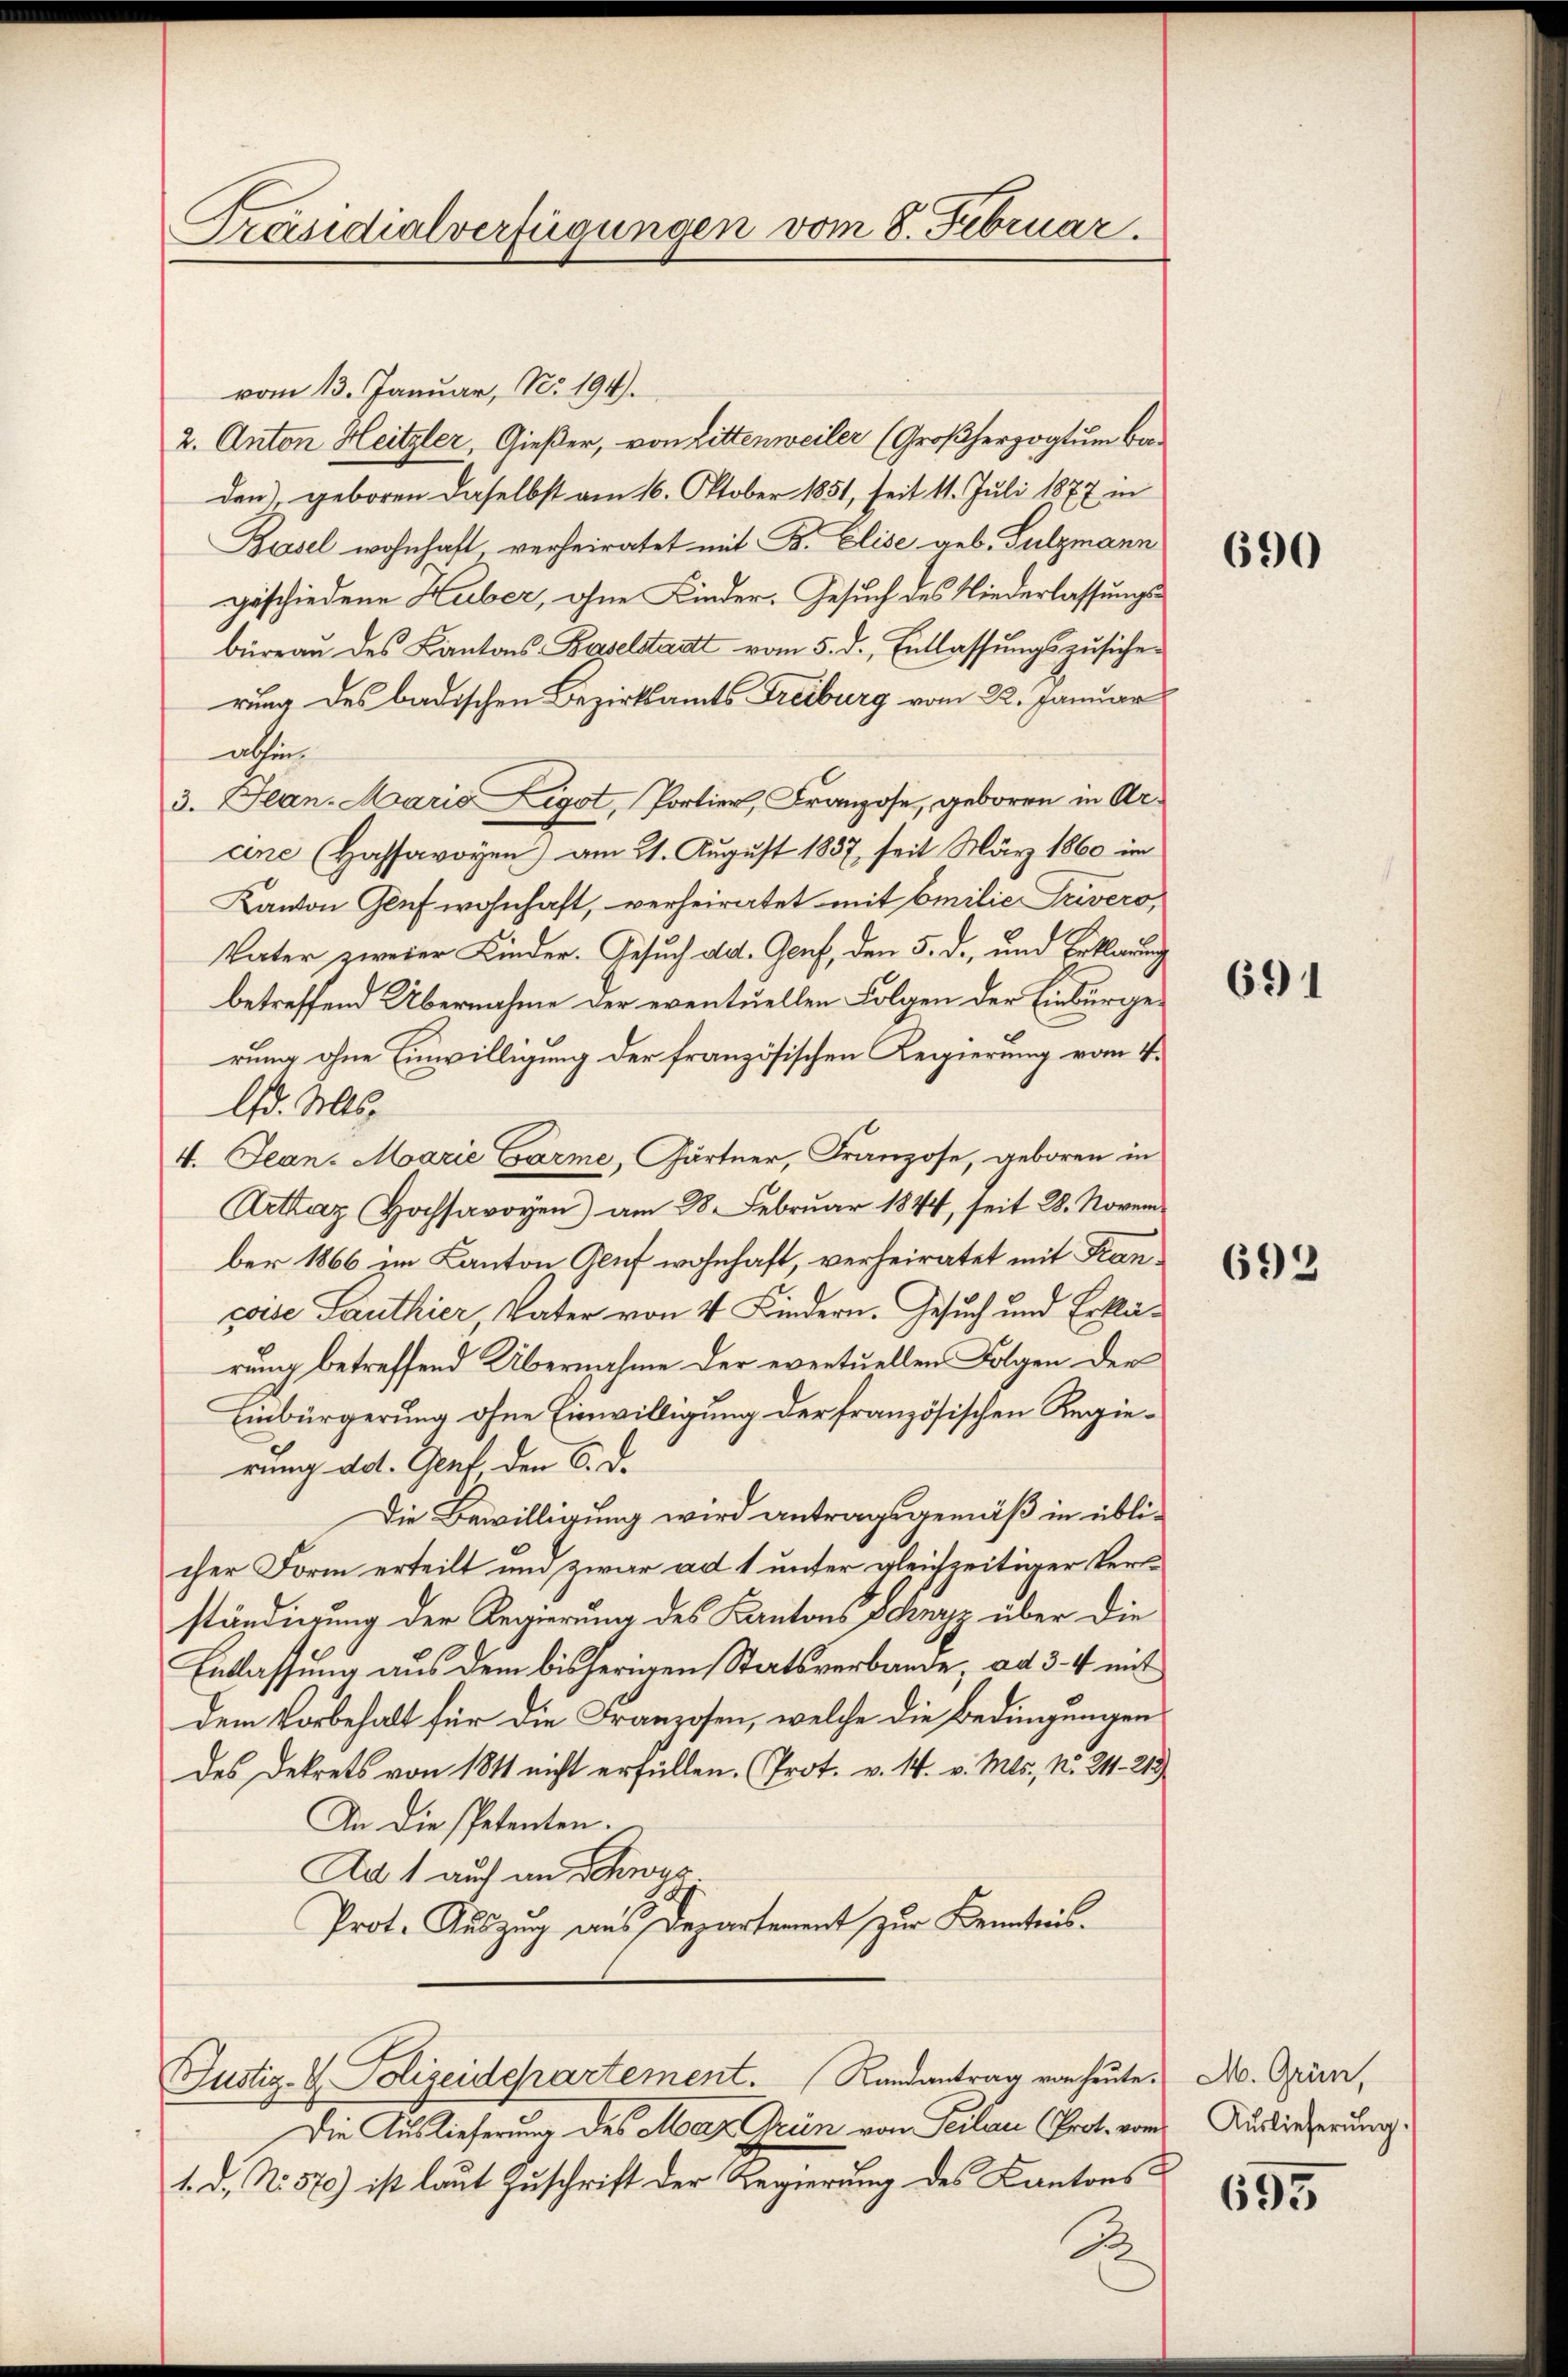
Präsidialverfügungen vom 8. Februar.

vom 13. Januar, No. 194.
2. Anton Heitzler, Gießer, von Littenweiler (Großherzogtum beden), geboren daselbst am 16. Oktober 1851, seit 11. Juli 1877 in
Basel wohnhaft verheiratet mit B. Elise geb. Sulzmann
geschiedene Huber, ohne Kinder. Gesuch des Niederlassungsbüreau des Kantons Baselstadt vom 5. d. Entlassungszusicherung des badischen Bezirksamts Treiburg vom 22. Januar
abin
3. Jean. Maria Ligot, Portier, Franzose, geboren in Arane (Hassavoyen) am 21. August 1837, seit März 1860 im
Kanton Genf wohnhaft, verheiratet mit Emilie Trivero,
Vater zweier Kinder. Gesuch ad. Genf, den 5. d., und Erklärung
betreffend Übernahme der eventuellen Folgen der Einburgerung ohne Einwilligung der französischen Regierung vom 4.
lfd. Mts.
4. Jean. Marie Garme, Gärtner, Franzose, geboren in
Arttaz Hochsavoyen) am 28. Februar 1844, seit 28. November 1866 im Kanton Aeuf wohnhaft, verheiratet mit Kancoise authier Vater von 4 Kindern. Gesuch und Erklärung betreffend Übernahme der eventuellen Folgen der
Einbürgerung ohne Einwilligung der französischen Regierung da. Genf den 6. d.
Die Bewilligung wird antragsgemäß in üblicher Form erteilt und zwar ad 1 unter gleichzeitiger Verständigung der Regierung des Kantons Schwyz über die
Entlassung aus dem bisherigen Staatsverbande, ad 3-4 mit
dem Vorbehalt für die Franzosen, welche die Bedingungen
des Dekrets von 1811 nicht erfüllen. Prot. v. 14. v. Mts., N. 211. 213
An die Petenten.
Ad 1 auf an Schwes
Prot. Auszug aus Departement zur Kenntnis.
Justiz- & Polizeidepartement. Randantrag von heute. No. Grien,
Die Auslieferung des Marz Grein von Peilau Prot. vom Auslieferung
1. d. N. 579) ist laut Zuschrift der Regierung des Kantons C
B

690

691

692

655